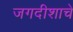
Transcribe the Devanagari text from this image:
जगदीशाचे